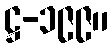
ဋ္ဌ-၁၉၉။